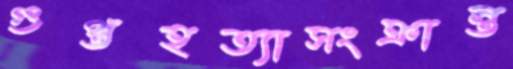
গুপ্তহত্যাসংক্রান্ত